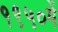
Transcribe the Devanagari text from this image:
१९५०में